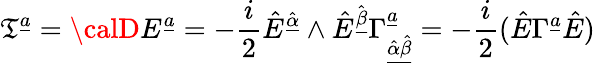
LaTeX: \mathfrak{T}^{{\underline{{{a}}}}}={\calD}E^{{\underline{{{a}}}}}=-{\frac{{i}}{{2}}}\hat{{E}}^{\hat{{\underline{{{\alpha}}}}}}\wedge\hat{{E}}^{\hat{{\underline{{{\beta}}}}}}\Gamma_{{\underline{{{{\hat{{\alpha}}\hat{{\beta}}}}}}}}^{{\underline{{{a}}}}}=-{\frac{{i}}{{2}}}(\hat{{E}}\Gamma^{{\underline{{{a}}}}}\hat{{E}})